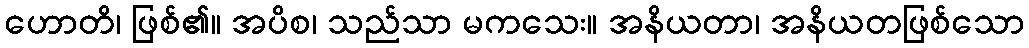
ဟောတိ၊ ဖြစ်၏။ အပိစ၊ သည်သာ မကသေး။ အနိယတာ၊ အနိယတဖြစ်သော